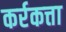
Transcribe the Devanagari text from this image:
कर्रकत्ता